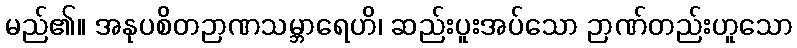
မည်၏။ အနုပစိတဉာဏသမ္ဘာရေဟိ၊ ဆည်းပူးအပ်သော ဉာဏ်တည်းဟူသော